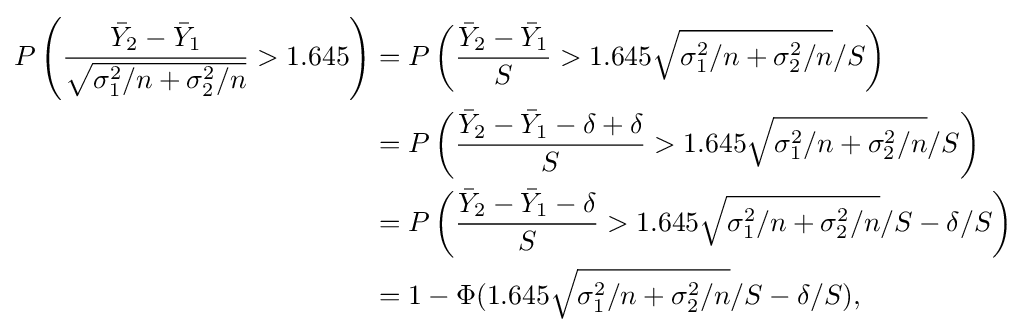
{\begin{aligned}P\left({\frac {{\bar {Y}}_{2}-{\bar {Y}}_{1}}{\sqrt {\sigma _{1}^{2}/n+\sigma _{2}^{2}/n}}}>1.645\right)&=P\left({\frac {{\bar {Y}}_{2}-{\bar {Y}}_{1}}{S}}>1.645{\sqrt {\sigma _{1}^{2}/n+\sigma _{2}^{2}/n}}/S\right)\\&=P\left({\frac {{\bar {Y}}_{2}-{\bar {Y}}_{1}-\delta +\delta }{S}}>1.645{\sqrt {\sigma _{1}^{2}/n+\sigma _{2}^{2}/n}}/S\right)\\&=P\left({\frac {{\bar {Y}}_{2}-{\bar {Y}}_{1}-\delta }{S}}>1.645{\sqrt {\sigma _{1}^{2}/n+\sigma _{2}^{2}/n}}/S-\delta /S\right)\\&=1-\Phi (1.645{\sqrt {\sigma _{1}^{2}/n+\sigma _{2}^{2}/n}}/S-\delta /S),\end{aligned}}